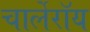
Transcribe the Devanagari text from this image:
चार्लेरॉय